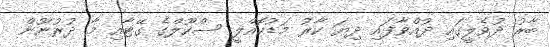
ބާރު ދުވެލީގައި ދުއްވާފައި ދިޔަ ކާރު މަޑުކޮއްލީ ސްކޫލްގެ ގޭޓާއި މާ ދުރުނޫން